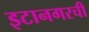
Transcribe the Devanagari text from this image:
इटानगरची